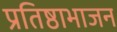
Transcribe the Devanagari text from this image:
प्रतिष्ठाभाजन